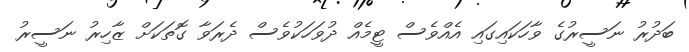
ބަދުރު ނަސީރުގެ ވާހަކައިގައި އެއްވެސް ޓީމެއް ދުވަހަކުވެސް ދެރަވާ ގޮތަކަށް ޒާހިރު ނަސީރު